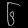
Digit: ၆